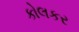
કોલકર